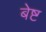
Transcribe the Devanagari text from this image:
बेष्ट